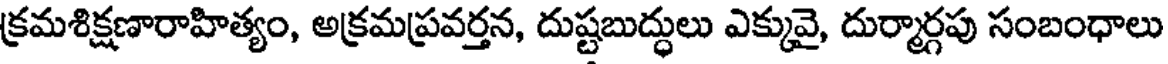
క్రమశిక్షణారాహిత్యం, అక్రమప్రవర్తన, దుష్టబుద్ధులు ఎక్కువై, దుర్మార్గపు సంబంధాలు